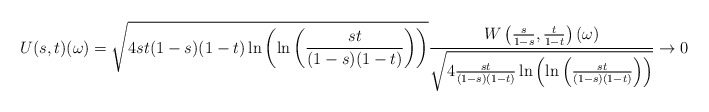
\begin{align*} U(s,t)(\omega) = \sqrt{4st(1-s)(1-t) \ln\left(\ln\left(\frac{st}{(1-s)(1-t)}\right)\right)} \frac{W\left(\frac{s}{1-s}, \frac{t}{1-t} \right)(\omega)} {\sqrt{4 \frac{st}{(1-s)(1-t)} \ln\left(\ln\left(\frac{st}{(1-s)(1-t)}\right)\right)}} \to 0 \end{align*}